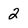
Character: 2